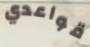
قواعدي